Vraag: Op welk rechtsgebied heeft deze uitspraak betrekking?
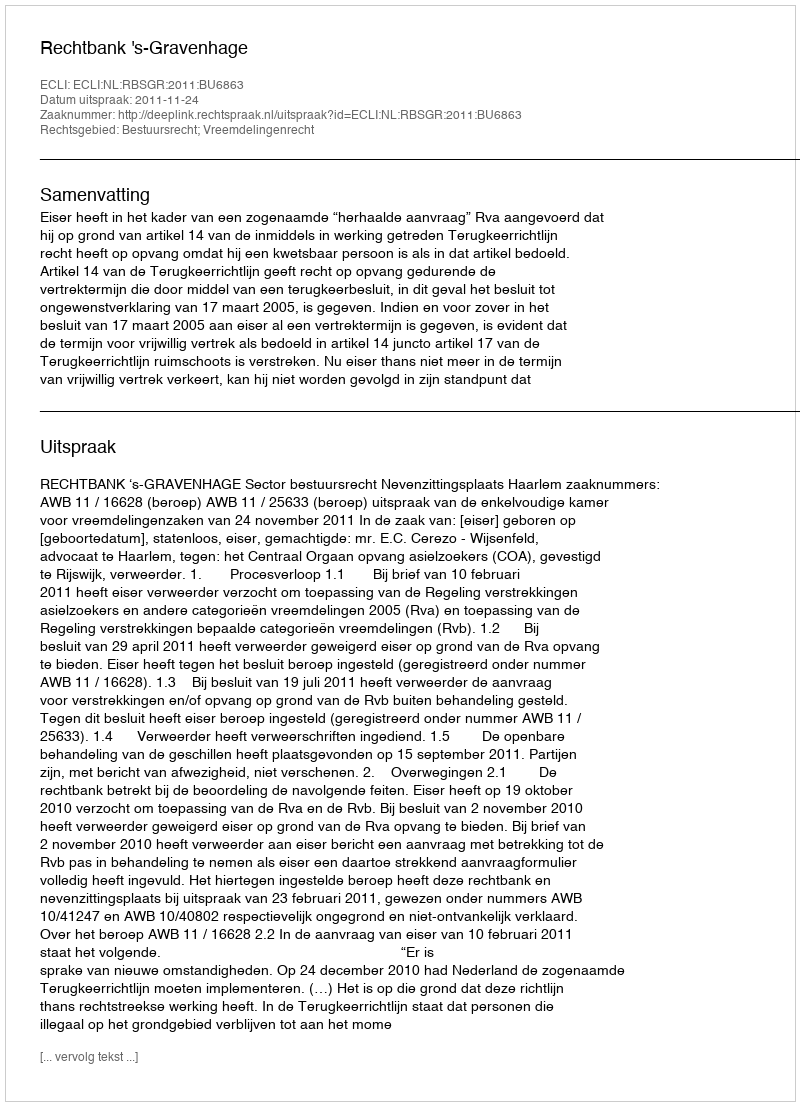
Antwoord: Bestuursrecht; Vreemdelingenrecht